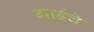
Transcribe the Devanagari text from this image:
गार्डचे